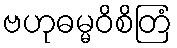
ဗဟုဓမ္မဝိစိတြံ